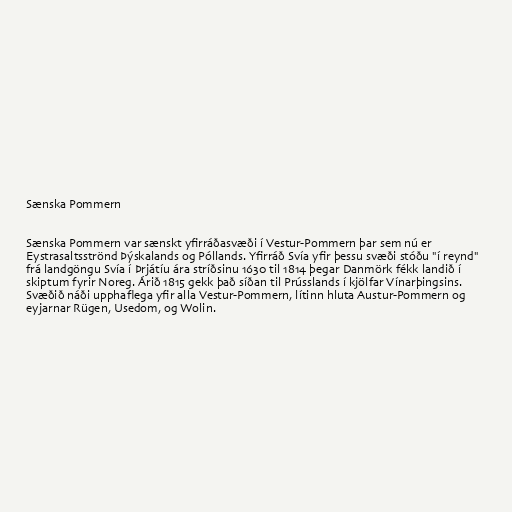
Sænska Pommern

Sænska Pommern var sænskt yfirráðasvæði í Vestur-Pommern þar sem nú er
Eystrasaltsströnd Þýskalands og Póllands. Yfirráð Svía yfir þessu svæði stóðu "í reynd"
frá landgöngu Svía í Þrjátíu ára stríðsinu 1630 til 1814 þegar Danmörk fékk landið í
skiptum fyrir Noreg. Árið 1815 gekk það síðan til Prússlands í kjölfar Vínarþingsins.
Svæðið náði upphaflega yfir alla Vestur-Pommern, lítinn hluta Austur-Pommern og
eyjarnar Rügen, Usedom, og Wolin.